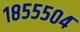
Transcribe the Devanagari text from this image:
१८५५५०४